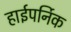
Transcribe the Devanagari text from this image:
हाईपर्निक